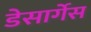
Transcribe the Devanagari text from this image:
डेसार्गेस